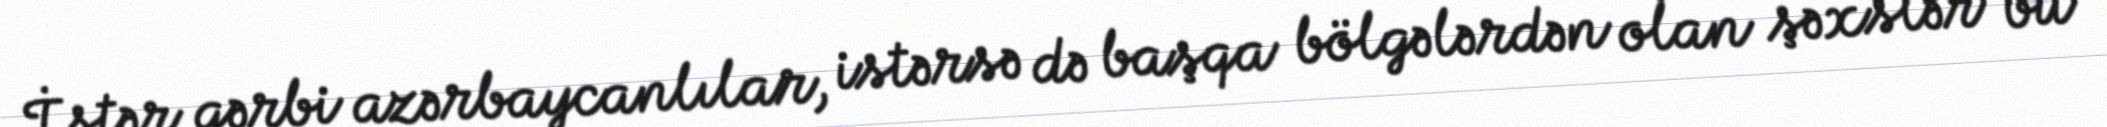
İstər qərbi azərbaycanlılar, istərsə də başqa bölgələrdən olan şəxslər bu